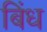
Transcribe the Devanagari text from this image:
बिंध